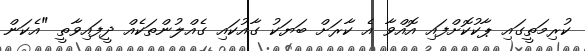
ކުރިމަތީގައި ޕާކުކޮށްފައި އޮއްވާ އެ ކާރަށް ބަޔަކު ގާއުކައި ގެއްލުންތަކެއް ދީފައިވާތީ "އެކަން